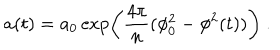
a ( t ) = a _ { 0 } \exp \left( { \frac { 4 \pi } { n } } ( \phi _ { 0 } ^ { 2 } - \phi ^ { 2 } ( t ) ) \right) \ .